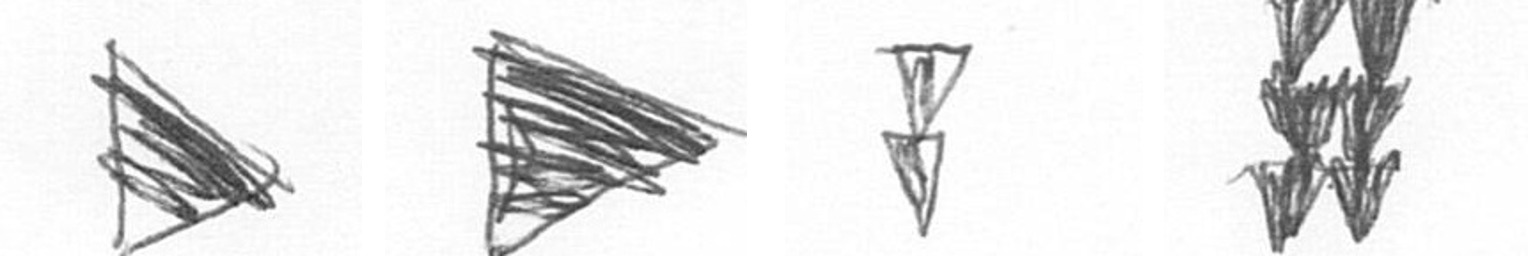
T T Z Y